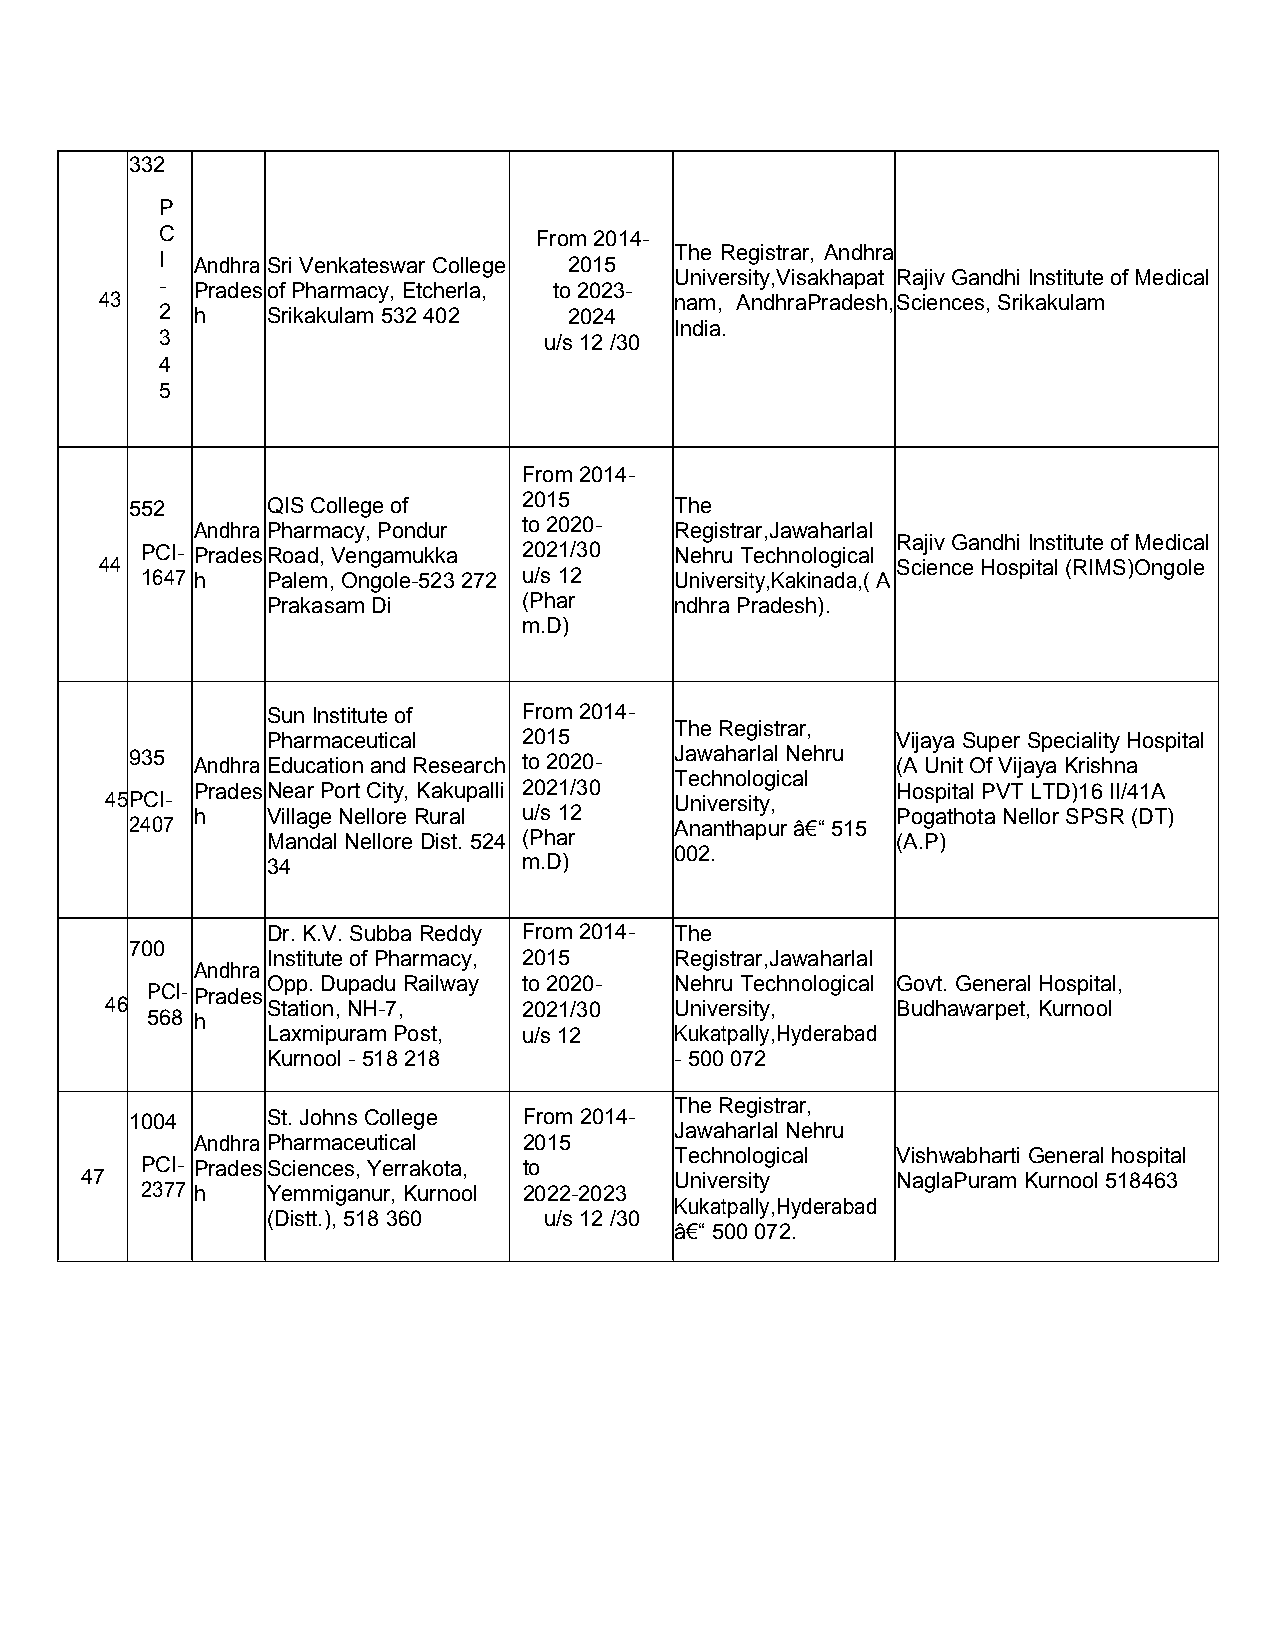
332
 P
 C                        From 2014-
 The Registrar, Andhra
 I Andhra SriVenkateswar College 2015
 University,Visakhapat Rajiv GandhiInstitute ofMedical
 - PradesofPharmacy, Etcherla, to2023-
 43                                    nam, AndhraPradesh,Sciences,Srikakulam
 2 h    Srikakulam532 402   2024
 India.
 3                        u/s12 /30
 4
 5
 From 2014-
 552      QIS Collegeof    2015      The
 Andhra Pharmacy, Pondur to2020- Registrar,Jawaharlal
 Rajiv GandhiInstitute ofMedical
 PCI- PradesRoad,Vengamukka 2021/30  Nehru Technological
 44                                                  Science Hospital(RIMS)Ongole
 1647 h   Palem,Ongole-523 272 u/s 12 University,Kakinada,(A
 Prakasam Di      (Phar     ndhraPradesh).
 m.D)
 SunInstitute of  From 2014-
 TheRegistrar,
 Pharmaceutical   2015                    Vijaya Super Speciality Hospital
 935 Andhra EducationandResearch to2020- Jawaharlal Nehru (A UnitOfVijaya Krishna
 Technological
 PradesNearPortCity, Kakupalli 2021/30         Hospital PVTLTD)16II/41A
 45PCI-                                University,
 h    VillageNellore Rural u/s 12              PogathotaNellor SPSR (DT)
 2407                                Ananthapur â€“ 515
 MandalNelloreDist. 524 (Phar             (A.P)
 002.
 34               m.D)
 Dr.K.V.Subba Reddy From 2014- The
 700
 Instituteof Pharmacy, 2015 Registrar,Jawaharlal
 Andhra
 Opp.Dupadu Railway to2020- Nehru Technological Govt. GeneralHospital,
 PCI-Prades
 46         Station,NH-7,    2021/30   University,   Budhawarpet, Kurnool
 568 h
 LaxmipuramPost,  u/s 12    Kukatpally,Hyderabad
 Kurnool- 518218            - 500072
 TheRegistrar,
 1004     St.JohnsCollege  From 2014-
 Jawaharlal Nehru
 Andhra Pharmaceutical 2015
 Technological VishwabhartiGeneral hospital
 PCI- PradesSciences,Yerrakota, to
 47                                      University    NaglaPuram Kurnool 518463
 2377 h   Yemmiganur,Kurnool 2022-2023
 Kukatpally,Hyderabad
 (Distt.),518 360  u/s12 /30
 â€“ 500072.